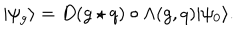
| \psi _ { g } \rangle = D ( g \star q ) \circ \Lambda ( g , q ) | \psi _ { 0 } \rangle .